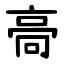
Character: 䯧